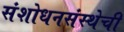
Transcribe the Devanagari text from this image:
संशोधनसंस्थेची